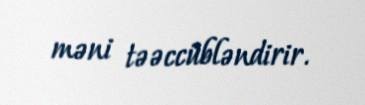
məni təəccübləndirir.